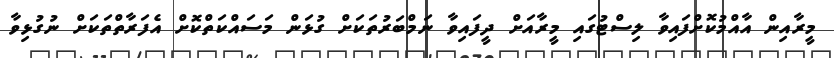
މީރާއިން އާއްމުކޮށްފައިވާ ލިސްޓުގައި މީރާއަށް ދީފައިވާ ނަމްބަރުތަކަށް ގުޅަން މަސައްކަތްކޮށް އެފަރާތްތަކަށް ނުގުޅިވާ